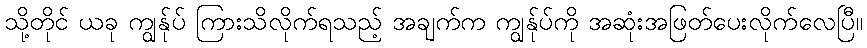
သို့တိုင် ယခု ကျွန်ုပ် ကြားသိလိုက်ရသည့် အချက်က ကျွန်ုပ်ကို အဆုံးအဖြတ်ပေးလိုက်လေပြီ။